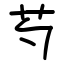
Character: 芍